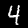
Digit: 4